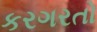
કરગરતો